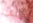
أرتكب